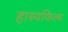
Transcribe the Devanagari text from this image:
हास्यफिल्म